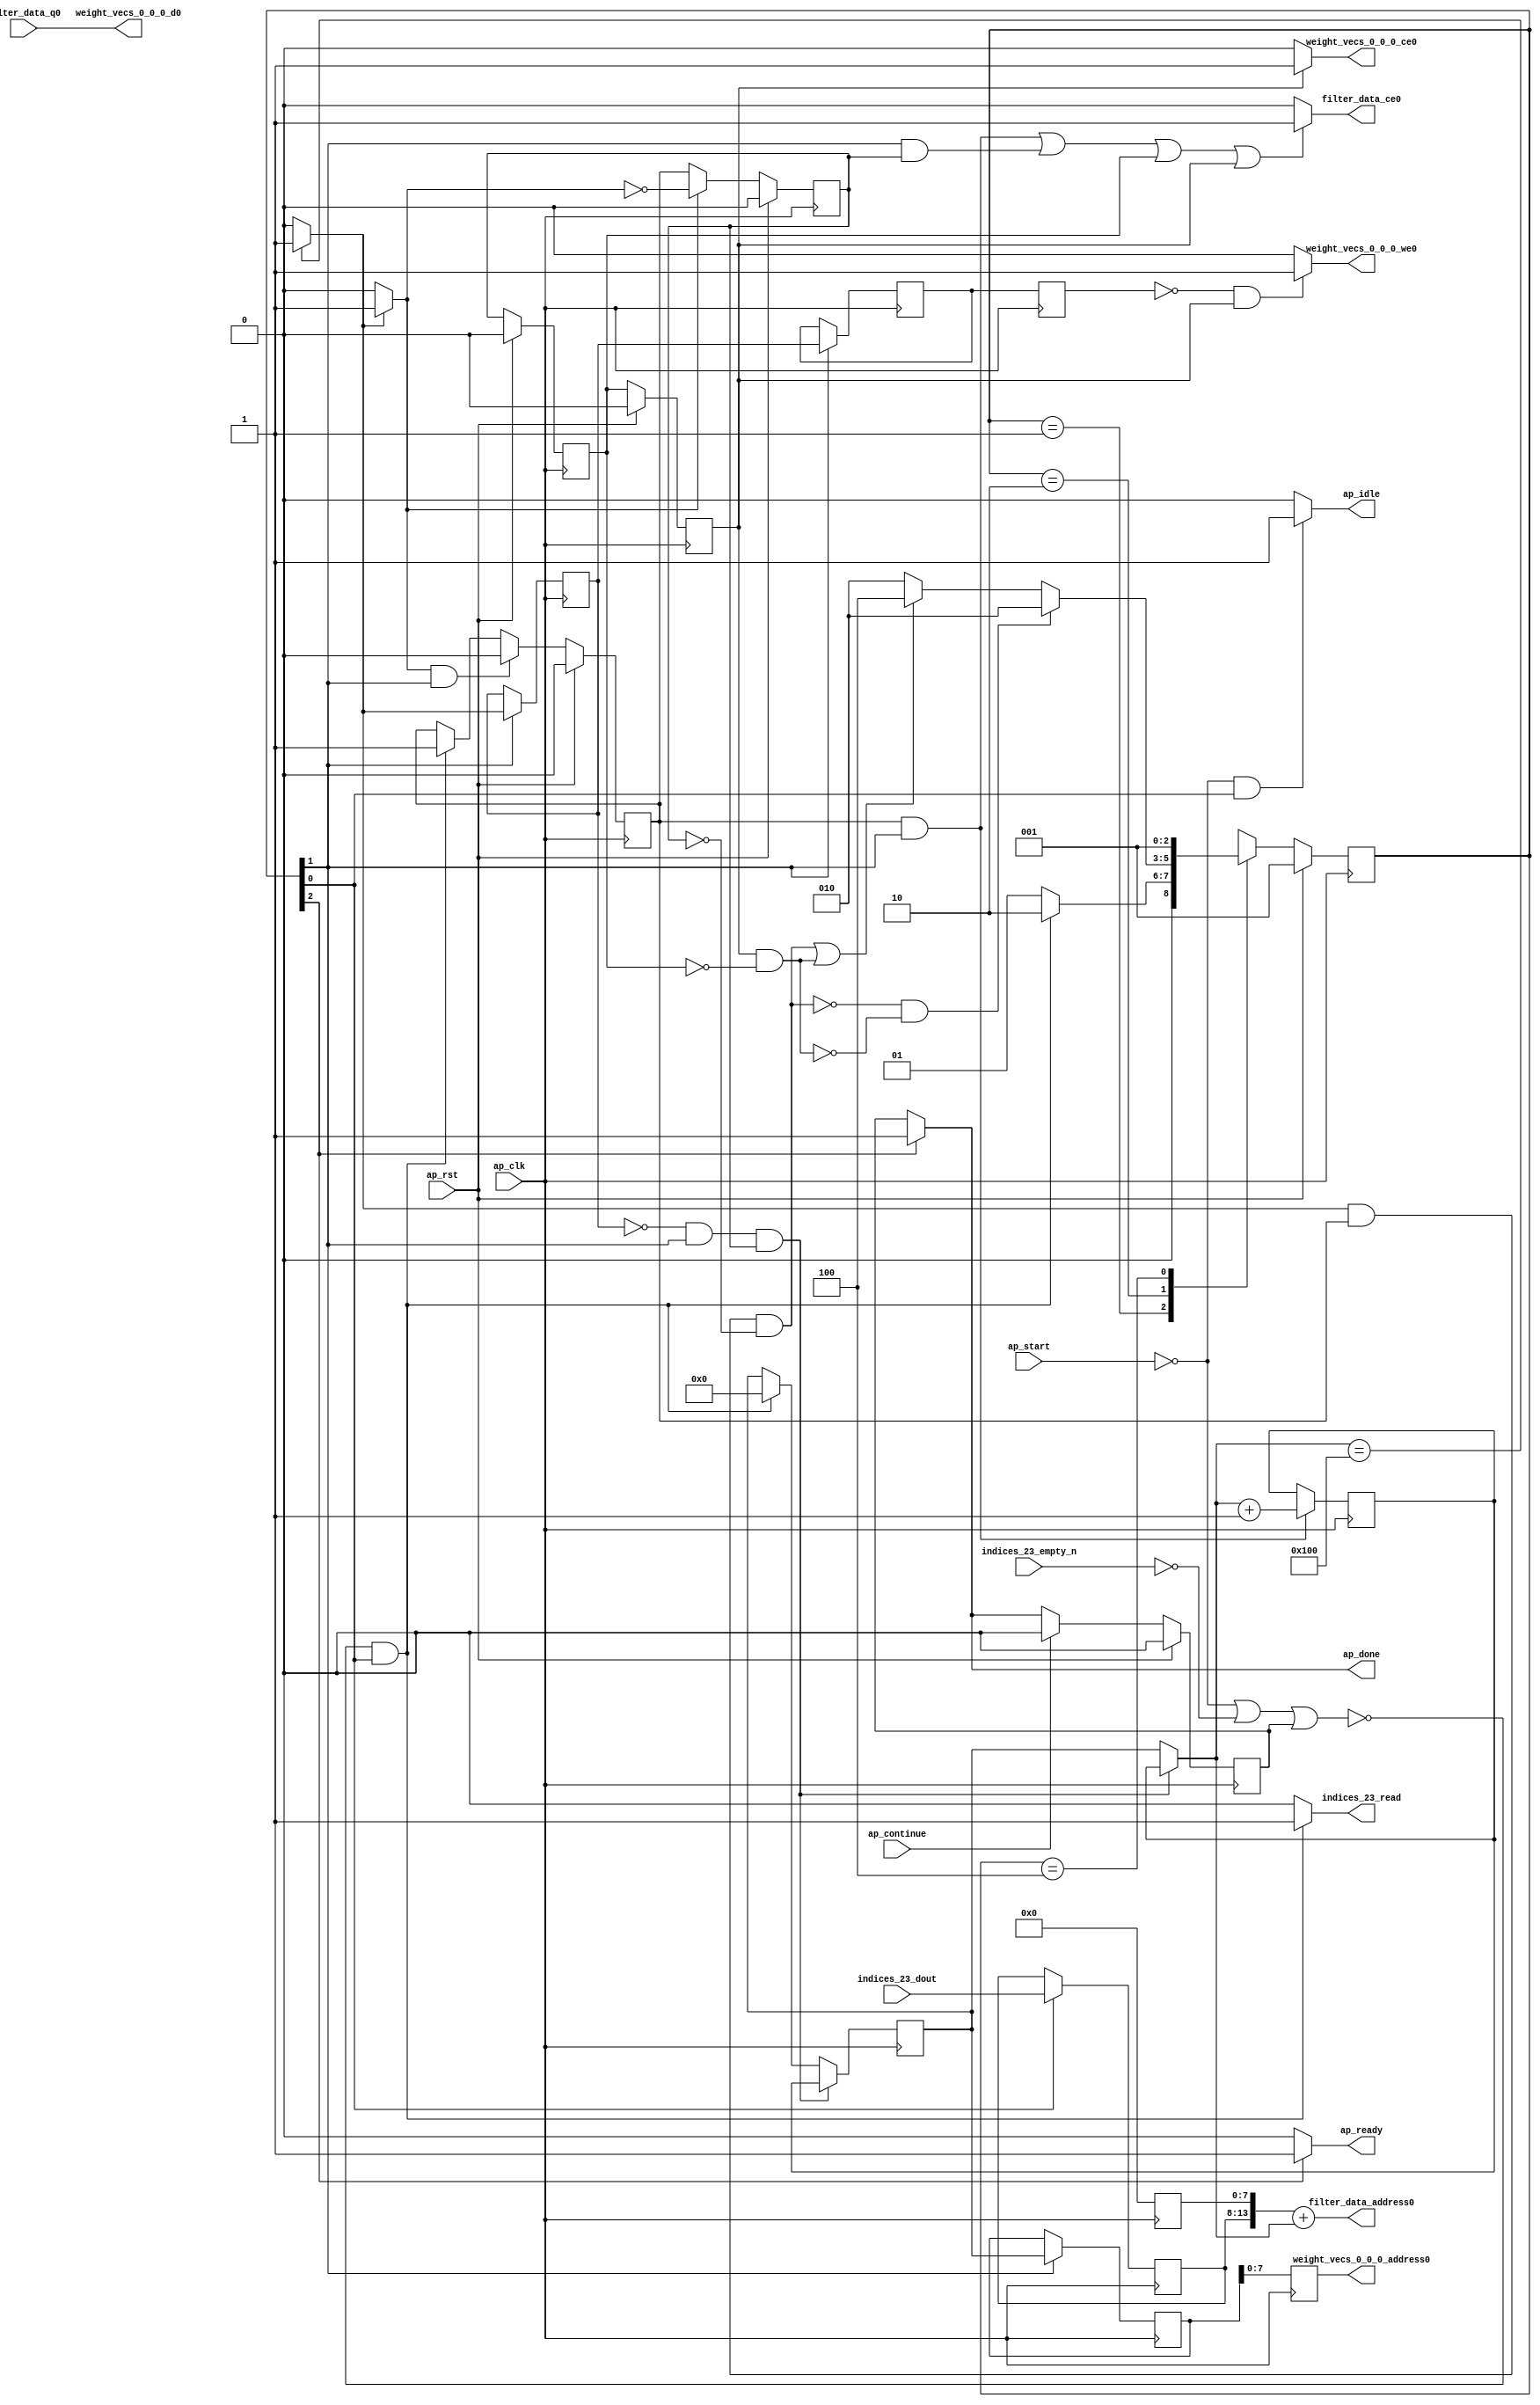
`define EXPONENT 5
`define MANTISSA 10
`define ACTUAL_MANTISSA 11
`define EXPONENT_LSB 10
`define EXPONENT_MSB 14
`define MANTISSA_LSB 0
`define MANTISSA_MSB 9
`define MANTISSA_MUL_SPLIT_LSB 3
`define MANTISSA_MUL_SPLIT_MSB 9
`define SIGN 1
`define SIGN_LOC 15
`define DWIDTH (`SIGN+`EXPONENT+`MANTISSA)
`define IEEE_COMPLIANCE 1

module td_fused_top_tdf9_readFilters62 (
        ap_clk,
        ap_rst,
        ap_start,
        ap_done,
        ap_continue,
        ap_idle,
        ap_ready,
        filter_data_address0,
        filter_data_ce0,
        filter_data_q0,
        indices_23_dout,
        indices_23_empty_n,
        indices_23_read,
        weight_vecs_0_0_0_address0,
        weight_vecs_0_0_0_ce0,
        weight_vecs_0_0_0_we0,
        weight_vecs_0_0_0_d0
);

parameter    ap_ST_fsm_state1 = 3'd1;
parameter    ap_ST_fsm_pp0_stage0 = 3'd2;
parameter    ap_ST_fsm_state6 = 3'd4;

input   ap_clk;
input   ap_rst;
input   ap_start;
output   ap_done;
input   ap_continue;
output   ap_idle;
output   ap_ready;
output  [13:0] filter_data_address0;
output   filter_data_ce0;
input  [15:0] filter_data_q0;
input  [5:0] indices_23_dout;
input   indices_23_empty_n;
output   indices_23_read;
output  [7:0] weight_vecs_0_0_0_address0;
output   weight_vecs_0_0_0_ce0;
output   weight_vecs_0_0_0_we0;
output  [15:0] weight_vecs_0_0_0_d0;

reg ap_done;
reg ap_idle;
reg ap_ready;
reg filter_data_ce0;
reg indices_23_read;
reg weight_vecs_0_0_0_ce0;
reg weight_vecs_0_0_0_we0;

reg    ap_done_reg;
  reg   [2:0] ap_CS_fsm;
wire    ap_CS_fsm_state1;
reg    indices_23_blk_n;
reg   [8:0] kk_0_0_i_i_reg_93;
reg   [8:0] kk_0_0_i_i_reg_93_pp0_iter1_reg;
wire    ap_CS_fsm_pp0_stage0;
wire    ap_block_state2_pp0_stage0_iter0;
wire    ap_block_state3_pp0_stage0_iter1;
wire    ap_block_state4_pp0_stage0_iter2;
wire    ap_block_state5_pp0_stage0_iter3;
wire    ap_block_pp0_stage0_11001;
reg   [8:0] kk_0_0_i_i_reg_93_pp0_iter2_reg;
wire   [13:0] tmp_fu_105_p3;
reg   [13:0] tmp_reg_144;
wire   [8:0] add_ln49_fu_113_p2;
reg   [8:0] add_ln49_reg_149;
reg    ap_enable_reg_pp0_iter0;
wire   [0:0] icmp_ln49_fu_119_p2;
reg   [0:0] icmp_ln49_reg_154;
reg   [0:0] icmp_ln49_reg_154_pp0_iter1_reg;
reg   [0:0] icmp_ln49_reg_154_pp0_iter2_reg;
reg    ap_block_state1;
wire    ap_block_pp0_stage0_subdone;
reg    ap_condition_pp0_exit_iter0_state2;
reg    ap_enable_reg_pp0_iter1;
reg    ap_enable_reg_pp0_iter2;
reg    ap_enable_reg_pp0_iter3;
reg   [8:0] ap_phi_mux_kk_0_0_i_i_phi_fu_97_p4;
wire    ap_block_pp0_stage0;
wire   [63:0] zext_ln55_1_fu_134_p1;
wire   [63:0] idxprom16_0_0_i_i_fu_139_p1;
wire   [13:0] zext_ln55_fu_125_p1;
wire   [13:0] add_ln55_fu_129_p2;
wire    ap_CS_fsm_state6;
reg   [2:0] ap_NS_fsm;
reg    ap_idle_pp0;
wire    ap_enable_pp0;
wire    ap_ce_reg;

// power-on initialization
initial begin
#0 ap_done_reg = 1'b0;
#0 ap_CS_fsm = 3'd1;
#0 ap_enable_reg_pp0_iter0 = 1'b0;
#0 ap_enable_reg_pp0_iter1 = 1'b0;
#0 ap_enable_reg_pp0_iter2 = 1'b0;
#0 ap_enable_reg_pp0_iter3 = 1'b0;
end

always @ (posedge ap_clk) begin
    if (ap_rst == 1'b1) begin
        ap_CS_fsm <= ap_ST_fsm_state1;
    end else begin
        ap_CS_fsm <= ap_NS_fsm;
    end
end

always @ (posedge ap_clk) begin
    if (ap_rst == 1'b1) begin
        ap_done_reg <= 1'b0;
    end else begin
        if ((ap_continue == 1'b1)) begin
            ap_done_reg <= 1'b0;
        end else if ((1'b1 == ap_CS_fsm_state6)) begin
            ap_done_reg <= 1'b1;
        end
    end
end

always @ (posedge ap_clk) begin
    if (ap_rst == 1'b1) begin
        ap_enable_reg_pp0_iter0 <= 1'b0;
    end else begin
        if (((1'b0 == ap_block_pp0_stage0_subdone) & (1'b1 == ap_condition_pp0_exit_iter0_state2) & (1'b1 == ap_CS_fsm_pp0_stage0))) begin
            ap_enable_reg_pp0_iter0 <= 1'b0;
        end else if ((~((ap_start == 1'b0) | (indices_23_empty_n == 1'b0) | (ap_done_reg == 1'b1)) & (1'b1 == ap_CS_fsm_state1))) begin
            ap_enable_reg_pp0_iter0 <= 1'b1;
        end
    end
end

always @ (posedge ap_clk) begin
    if (ap_rst == 1'b1) begin
        ap_enable_reg_pp0_iter1 <= 1'b0;
    end else begin
        if ((1'b0 == ap_block_pp0_stage0_subdone)) begin
            if ((1'b1 == ap_condition_pp0_exit_iter0_state2)) begin
                ap_enable_reg_pp0_iter1 <= (1'b1 ^ ap_condition_pp0_exit_iter0_state2);
            end else if ((1'b1 == 1'b1)) begin
                ap_enable_reg_pp0_iter1 <= ap_enable_reg_pp0_iter0;
            end
        end
    end
end

always @ (posedge ap_clk) begin
    if (ap_rst == 1'b1) begin
        ap_enable_reg_pp0_iter2 <= 1'b0;
    end else begin
        if ((1'b0 == ap_block_pp0_stage0_subdone)) begin
            ap_enable_reg_pp0_iter2 <= ap_enable_reg_pp0_iter1;
        end
    end
end

always @ (posedge ap_clk) begin
    if (ap_rst == 1'b1) begin
        ap_enable_reg_pp0_iter3 <= 1'b0;
    end else begin
        if ((1'b0 == ap_block_pp0_stage0_subdone)) begin
            ap_enable_reg_pp0_iter3 <= ap_enable_reg_pp0_iter2;
        end else if ((~((ap_start == 1'b0) | (indices_23_empty_n == 1'b0) | (ap_done_reg == 1'b1)) & (1'b1 == ap_CS_fsm_state1))) begin
            ap_enable_reg_pp0_iter3 <= 1'b0;
        end
    end
end

always @ (posedge ap_clk) begin
    if (((icmp_ln49_reg_154 == 1'd0) & (1'b0 == ap_block_pp0_stage0_11001) & (1'b1 == ap_CS_fsm_pp0_stage0) & (ap_enable_reg_pp0_iter1 == 1'b1))) begin
        kk_0_0_i_i_reg_93 <= add_ln49_reg_149;
    end else if ((~((ap_start == 1'b0) | (indices_23_empty_n == 1'b0) | (ap_done_reg == 1'b1)) & (1'b1 == ap_CS_fsm_state1))) begin
        kk_0_0_i_i_reg_93 <= 9'd0;
    end
end

always @ (posedge ap_clk) begin
    if (((ap_enable_reg_pp0_iter0 == 1'b1) & (1'b0 == ap_block_pp0_stage0_11001) & (1'b1 == ap_CS_fsm_pp0_stage0))) begin
        add_ln49_reg_149 <= add_ln49_fu_113_p2;
    end
end

always @ (posedge ap_clk) begin
    if (((1'b0 == ap_block_pp0_stage0_11001) & (1'b1 == ap_CS_fsm_pp0_stage0))) begin
        icmp_ln49_reg_154 <= icmp_ln49_fu_119_p2;
        icmp_ln49_reg_154_pp0_iter1_reg <= icmp_ln49_reg_154;
        kk_0_0_i_i_reg_93_pp0_iter1_reg <= kk_0_0_i_i_reg_93;
    end
end

always @ (posedge ap_clk) begin
    if ((1'b0 == ap_block_pp0_stage0_11001)) begin
        icmp_ln49_reg_154_pp0_iter2_reg <= icmp_ln49_reg_154_pp0_iter1_reg;
        kk_0_0_i_i_reg_93_pp0_iter2_reg <= kk_0_0_i_i_reg_93_pp0_iter1_reg;
    end
end

always @ (posedge ap_clk) begin
    if ((1'b1 == ap_CS_fsm_state1)) begin
        tmp_reg_144[13 : 8] <= tmp_fu_105_p3[13 : 8];
    end
end

always @ (*) begin
    if ((icmp_ln49_fu_119_p2 == 1'd1)) begin
        ap_condition_pp0_exit_iter0_state2 = 1'b1;
    end else begin
        ap_condition_pp0_exit_iter0_state2 = 1'b0;
    end
end

always @ (*) begin
    if ((1'b1 == ap_CS_fsm_state6)) begin
        ap_done = 1'b1;
    end else begin
        ap_done = ap_done_reg;
    end
end

always @ (*) begin
    if (((ap_start == 1'b0) & (1'b1 == ap_CS_fsm_state1))) begin
        ap_idle = 1'b1;
    end else begin
        ap_idle = 1'b0;
    end
end

always @ (*) begin
    if (((ap_enable_reg_pp0_iter0 == 1'b0) & (ap_enable_reg_pp0_iter3 == 1'b0) & (ap_enable_reg_pp0_iter2 == 1'b0) & (ap_enable_reg_pp0_iter1 == 1'b0))) begin
        ap_idle_pp0 = 1'b1;
    end else begin
        ap_idle_pp0 = 1'b0;
    end
end

always @ (*) begin
    if (((icmp_ln49_reg_154 == 1'd0) & (1'b0 == ap_block_pp0_stage0) & (1'b1 == ap_CS_fsm_pp0_stage0) & (ap_enable_reg_pp0_iter1 == 1'b1))) begin
        ap_phi_mux_kk_0_0_i_i_phi_fu_97_p4 = add_ln49_reg_149;
    end else begin
        ap_phi_mux_kk_0_0_i_i_phi_fu_97_p4 = kk_0_0_i_i_reg_93;
    end
end

always @ (*) begin
    if ((1'b1 == ap_CS_fsm_state6)) begin
        ap_ready = 1'b1;
    end else begin
        ap_ready = 1'b0;
    end
end

always @ (*) begin
    if ((((ap_enable_reg_pp0_iter0 == 1'b1) & (1'b0 == ap_block_pp0_stage0_11001) & (1'b1 == ap_CS_fsm_pp0_stage0)) | ((1'b0 == ap_block_pp0_stage0_11001) & (1'b1 == ap_CS_fsm_pp0_stage0) & (ap_enable_reg_pp0_iter1 == 1'b1)) | ((1'b0 == ap_block_pp0_stage0_11001) & (ap_enable_reg_pp0_iter2 == 1'b1)) | ((1'b0 == ap_block_pp0_stage0_11001) & (ap_enable_reg_pp0_iter3 == 1'b1)))) begin
        filter_data_ce0 = 1'b1;
    end else begin
        filter_data_ce0 = 1'b0;
    end
end

always @ (*) begin
    if ((~((ap_start == 1'b0) | (ap_done_reg == 1'b1)) & (1'b1 == ap_CS_fsm_state1))) begin
        indices_23_blk_n = indices_23_empty_n;
    end else begin
        indices_23_blk_n = 1'b1;
    end
end

always @ (*) begin
    if ((~((ap_start == 1'b0) | (indices_23_empty_n == 1'b0) | (ap_done_reg == 1'b1)) & (1'b1 == ap_CS_fsm_state1))) begin
        indices_23_read = 1'b1;
    end else begin
        indices_23_read = 1'b0;
    end
end

always @ (*) begin
    if (((1'b0 == ap_block_pp0_stage0_11001) & (ap_enable_reg_pp0_iter3 == 1'b1))) begin
        weight_vecs_0_0_0_ce0 = 1'b1;
    end else begin
        weight_vecs_0_0_0_ce0 = 1'b0;
    end
end

always @ (*) begin
    if (((icmp_ln49_reg_154_pp0_iter2_reg == 1'd0) & (1'b0 == ap_block_pp0_stage0_11001) & (ap_enable_reg_pp0_iter3 == 1'b1))) begin
        weight_vecs_0_0_0_we0 = 1'b1;
    end else begin
        weight_vecs_0_0_0_we0 = 1'b0;
    end
end

always @ (*) begin
    case (ap_CS_fsm)
        ap_ST_fsm_state1 : begin
            if ((~((ap_start == 1'b0) | (indices_23_empty_n == 1'b0) | (ap_done_reg == 1'b1)) & (1'b1 == ap_CS_fsm_state1))) begin
                ap_NS_fsm = ap_ST_fsm_pp0_stage0;
            end else begin
                ap_NS_fsm = ap_ST_fsm_state1;
            end
        end
        ap_ST_fsm_pp0_stage0 : begin
            if ((~((icmp_ln49_fu_119_p2 == 1'd1) & (ap_enable_reg_pp0_iter0 == 1'b1) & (1'b0 == ap_block_pp0_stage0_subdone) & (ap_enable_reg_pp0_iter1 == 1'b0)) & ~((1'b0 == ap_block_pp0_stage0_subdone) & (ap_enable_reg_pp0_iter3 == 1'b1) & (ap_enable_reg_pp0_iter2 == 1'b0)))) begin
                ap_NS_fsm = ap_ST_fsm_pp0_stage0;
            end else if ((((icmp_ln49_fu_119_p2 == 1'd1) & (ap_enable_reg_pp0_iter0 == 1'b1) & (1'b0 == ap_block_pp0_stage0_subdone) & (ap_enable_reg_pp0_iter1 == 1'b0)) | ((1'b0 == ap_block_pp0_stage0_subdone) & (ap_enable_reg_pp0_iter3 == 1'b1) & (ap_enable_reg_pp0_iter2 == 1'b0)))) begin
                ap_NS_fsm = ap_ST_fsm_state6;
            end else begin
                ap_NS_fsm = ap_ST_fsm_pp0_stage0;
            end
        end
        ap_ST_fsm_state6 : begin
            ap_NS_fsm = ap_ST_fsm_state1;
        end
        default : begin
            ap_NS_fsm = 'bx;
        end
    endcase
end

assign add_ln49_fu_113_p2 = (ap_phi_mux_kk_0_0_i_i_phi_fu_97_p4 + 9'd1);

assign add_ln55_fu_129_p2 = (tmp_reg_144 + zext_ln55_fu_125_p1);

assign ap_CS_fsm_pp0_stage0 = ap_CS_fsm[32'd1];

assign ap_CS_fsm_state1 = ap_CS_fsm[32'd0];

assign ap_CS_fsm_state6 = ap_CS_fsm[32'd2];

assign ap_block_pp0_stage0 = ~(1'b1 == 1'b1);

assign ap_block_pp0_stage0_11001 = ~(1'b1 == 1'b1);

assign ap_block_pp0_stage0_subdone = ~(1'b1 == 1'b1);

always @ (*) begin
    ap_block_state1 = ((ap_start == 1'b0) | (indices_23_empty_n == 1'b0) | (ap_done_reg == 1'b1));
end

assign ap_block_state2_pp0_stage0_iter0 = ~(1'b1 == 1'b1);

assign ap_block_state3_pp0_stage0_iter1 = ~(1'b1 == 1'b1);

assign ap_block_state4_pp0_stage0_iter2 = ~(1'b1 == 1'b1);

assign ap_block_state5_pp0_stage0_iter3 = ~(1'b1 == 1'b1);

assign ap_enable_pp0 = (ap_idle_pp0 ^ 1'b1);

assign filter_data_address0 = zext_ln55_1_fu_134_p1;

assign icmp_ln49_fu_119_p2 = ((ap_phi_mux_kk_0_0_i_i_phi_fu_97_p4 == 9'd256) ? 1'b1 : 1'b0);

assign idxprom16_0_0_i_i_fu_139_p1 = kk_0_0_i_i_reg_93_pp0_iter2_reg;

assign tmp_fu_105_p3 = {{indices_23_dout}, {8'd0}};

assign weight_vecs_0_0_0_address0 = idxprom16_0_0_i_i_fu_139_p1;

assign weight_vecs_0_0_0_d0 = filter_data_q0;

assign zext_ln55_1_fu_134_p1 = add_ln55_fu_129_p2;

assign zext_ln55_fu_125_p1 = ap_phi_mux_kk_0_0_i_i_phi_fu_97_p4;

always @ (posedge ap_clk) begin
    tmp_reg_144[7:0] <= 8'b00000000;
end

endmodule //td_fused_top_tdf9_readFilters62